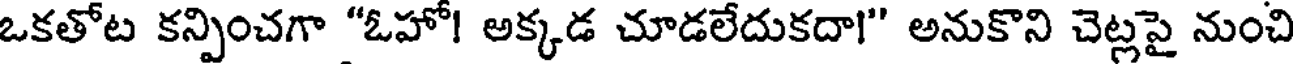
ఒకతోట కన్పించగా "ఓహో! అక్కడ చూడలేదుకదా!" అనుకొని చెట్లపై నుంచి